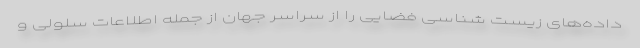
داده‌های زیست شناسی فضایی را از سراسر جهان از جمله اطلاعات سلولی و